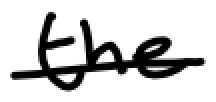
Text: the
Cross-out: single-line
Writing tool: digital_black